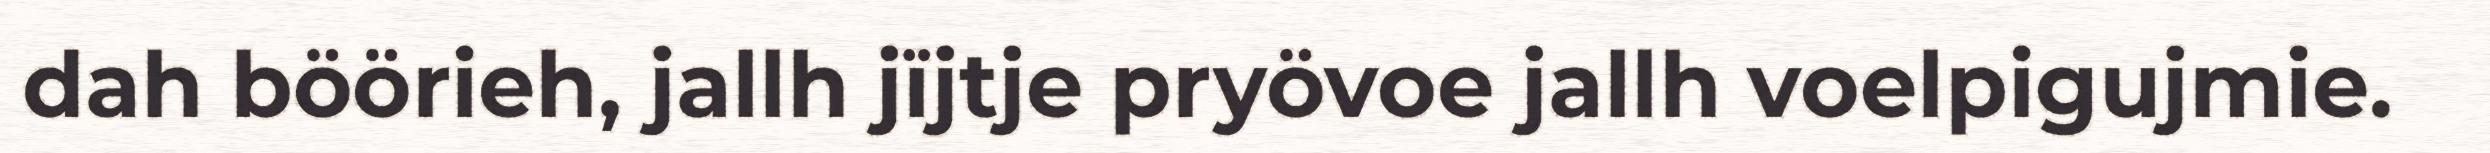
dah böörieh, jallh jïjtje pryövoe jallh voelpigujmie.